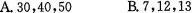
A.30，40，50 B.7，12，13